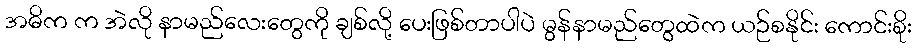
အဓိက က အဲလို နာမည်လေးတွေကို ချစ်လို့ ပေးဖြစ်တာပါပဲ မွန်နာမည်တွေထဲက ယဉ်စနိုင်း ကောင်းစိုး